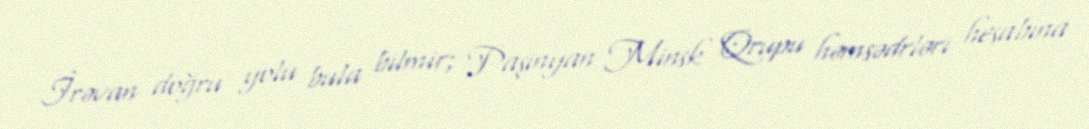
İrəvan doğru yolu bula bilmir; Paşinyan Minsk Qrupu həmsədrləri hesabına